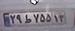
۲۹ط۷۵۵۱۳